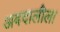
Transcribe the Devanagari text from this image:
अबदालीला